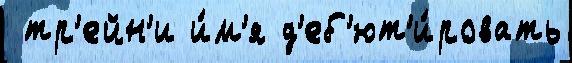
 тр'ейн'и и́м'я д'еб'ют'и́ровать